Indian Medical Review
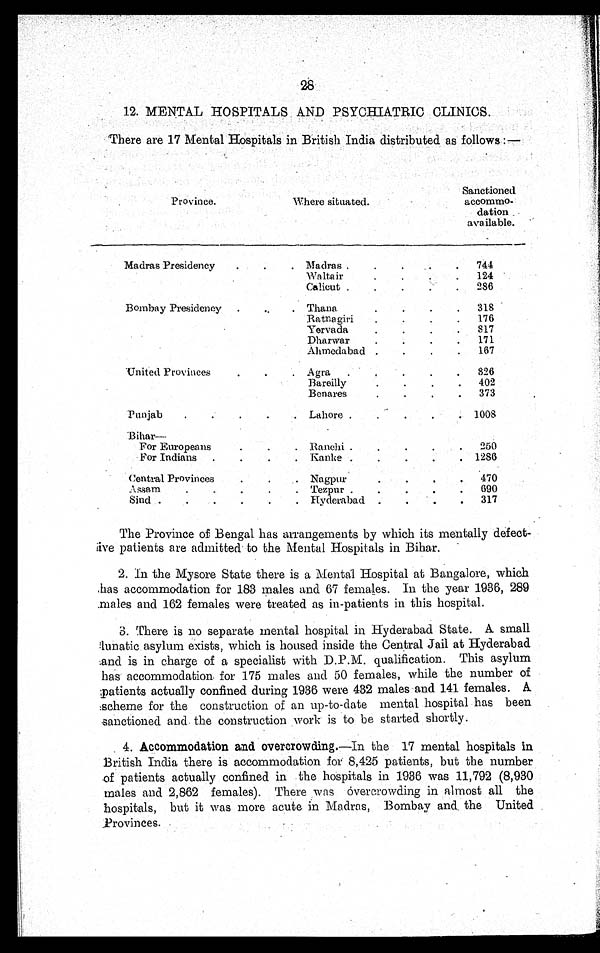
28
12. MENTAL HOSPITALS AND PSYCHIATRIC CLINICS.
There are 17 Mental Hospitals in British India distributed as follows:—
Province.
Where situated.
Sanctioned
accommo-
dation
available.
Madras Presidency . . .
Madras . . .
744
Waltair . . .
124
Calicut . . .
286
Bombay Presidency . . .
Thana . . .
318
Ratnagiri . . .
176
Yervada . . .
817
Dharwar . . .
171
Ahmedabad . . .
167
United Provinces . . .
Agra . . .
826
Bareilly . . .
402
B e n a r e s . . .
373
Punjab . . .
Lahore . . .
1008
B i h a r —
For Europeans . . .
Ranchi . . .
250
For Indians . . .
Kanke . . .
1286
Central Provinces . . .
N a g p u r . . .
470
Assam . . .
Tezpur . . .
690
Sind . . .
Hyderabad . . .
317
The Province of Bengal has arrangements by which its mentally defect
-ive patients are admitted to the Mental Hospitals in Bihar.
2. In the Mysore State there is a Mental Hospital at Bangalore, which
has accommodation for 183 males and 67 females. In the year 1936, 289
males and 162 females were treated as in-patients in this hospital.
3. There is no separate mental hospital in Hyderabad State. A small
lunatic asylum exists, which is housed inside the Central Jail at Hyderabad
and is in charge of a specialist with D.P.M. qualification. This asylum
has accommodation. for 175 males and 50 females, while the number of
patients actually confined during 1936 were 432 males and 141 females. A
scheme for the construction of an up-to-date mental hospital has been
sanctioned and the construction work is to be started shortly.
4. Accommodation and overcrowding.—In the 17 mental hospitals in
British India there is accommodation for 8,425 patients, but the number
of patients actually confined in the hospitals in 1936 was 11,792 (8,930
males and 2,862 females). There was overcrowding in almost all the
hospitals, but it was more acute in Madras, Bombay and, the United
Provinces.